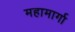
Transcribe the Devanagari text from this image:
महामार्गा